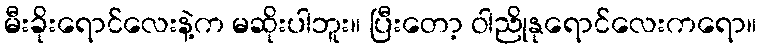
မီးခိုးရောင်လေးနဲ့က မဆိုးပါဘူး။ ပြီးတော့ ဝါညိုနုရောင်လေးကရော။